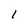
Character: l